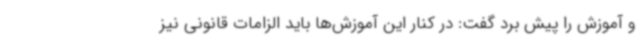
و آموزش را پیش برد گفت: در کنار این آموزش‌ها باید الزامات قانونی نیز